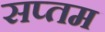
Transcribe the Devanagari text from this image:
सप्‍तम